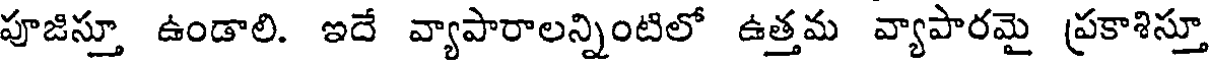
పూజిస్తూ ఉండాలి. ఇదే వ్యాపారాలన్నింటిలో ఉత్తమ వ్యాపారమై ప్రకాశిస్తూ